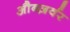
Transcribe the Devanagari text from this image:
औब्ज़र्वर